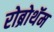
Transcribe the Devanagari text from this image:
रोब्रोथॅम